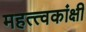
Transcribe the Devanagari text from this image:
महत्त्वकांक्षी